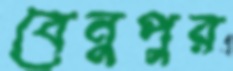
বেনুপুর